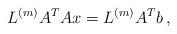
LaTeX: \begin{align*}L^{(m)}A^TA x = L^{(m)}A^Tb\,,\end{align*}